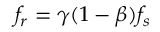
f _ { r } = \gamma ( 1 - \beta ) f _ { s }